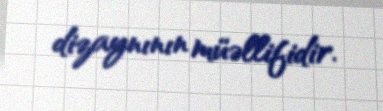
dizaynının müəllifidir.